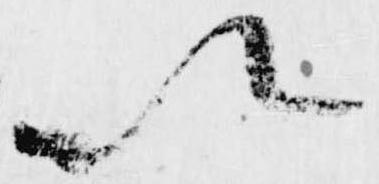
以